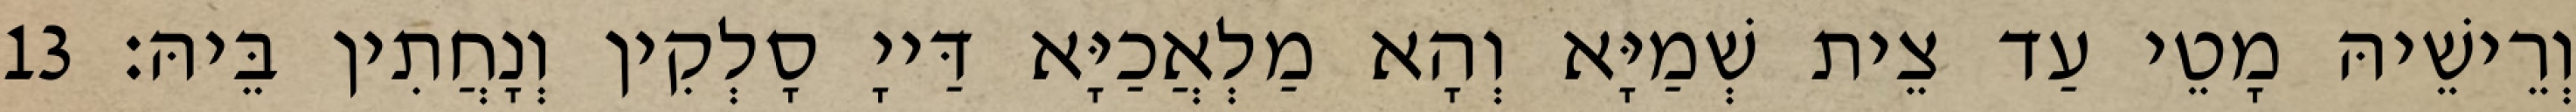
וְרֵישֵׁיהּ מָטֵי עַד צֵית שְׁמַיָּא וְהָא מַלְאֲכַיָּא דַּייָ סָלְקִין וְנָחֲתִין בֵּיהּ׃ 13